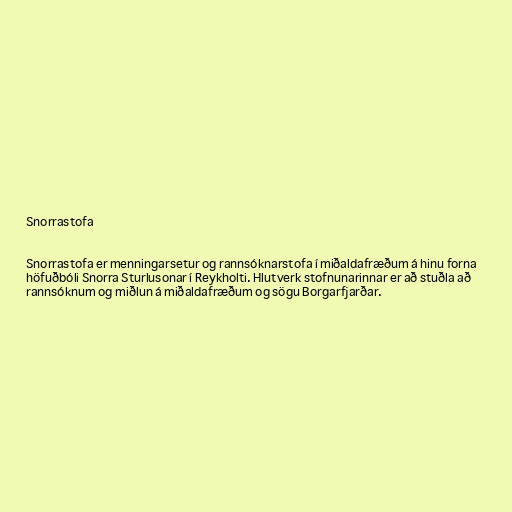
Snorrastofa

Snorrastofa er menningarsetur og rannsóknarstofa í miðaldafræðum á hinu forna
höfuðbóli Snorra Sturlusonar í Reykholti. Hlutverk stofnunarinnar er að stuðla að
rannsóknum og miðlun á miðaldafræðum og sögu Borgarfjarðar.